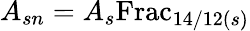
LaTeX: A_{sn}=A_{s}{\mathrm{Frac}}_{14/12(s)}